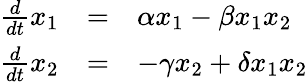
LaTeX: \begin{array}{rcl}{\frac{d}{dt}x_{1}}&{=}&{\alpha x_{1}-\beta x_{1}x_{2}}\\ {\frac{d}{dt}x_{2}}&{=}&{-\gamma x_{2}+\delta x_{1}x_{2}}\end{array}